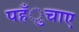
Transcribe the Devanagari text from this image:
पहँुचाए